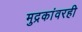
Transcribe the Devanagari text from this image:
मुद्रकांवरही